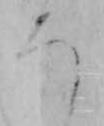
ろ